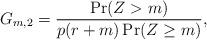
LaTeX: \begin{align*} G_{m,2} = \frac{\Pr(Z > m)}{p(r+m)\Pr(Z \geq m)},\end{align*}